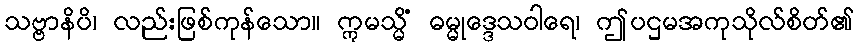
သဗ္ဗာနိပိ၊ လည်းဖြစ်ကုန်သော။ ဣမသ္မိံ ဓမ္မုဒ္ဒေသဝါရေ၊ ဤပဌမအကုသိုလ်စိတ်၏